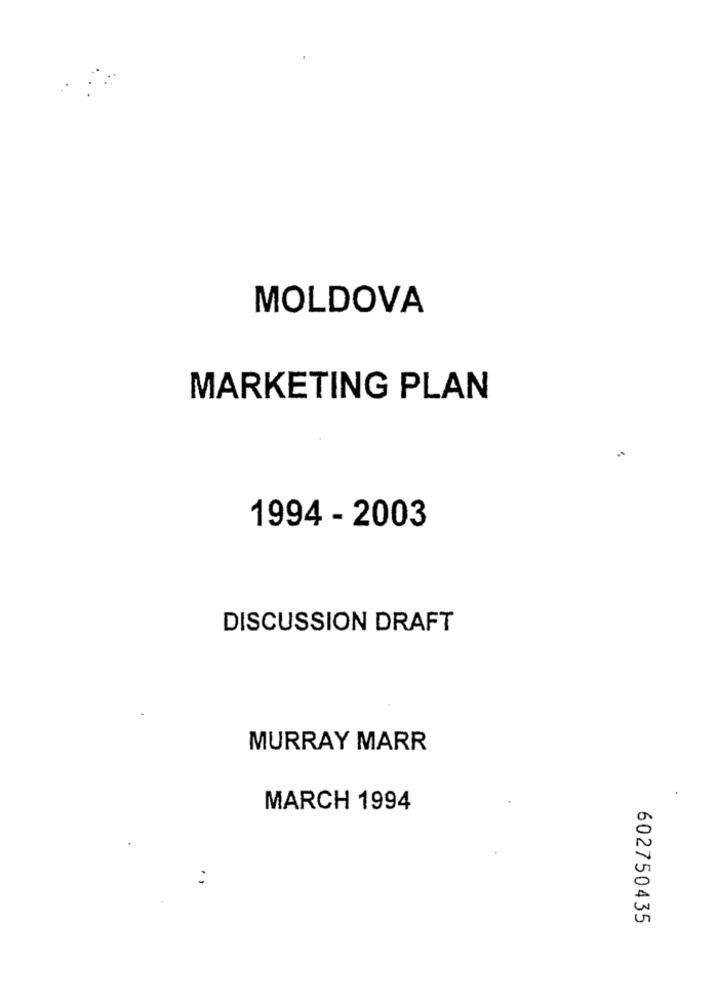
MOLDOVA
MARKETING PLAN
1994 - 2003
DISCUSSION DRAFT
MURRAY MARR
MARCH 1994
602750435